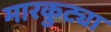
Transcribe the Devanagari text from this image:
मारकुट्या